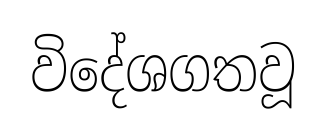
විදේශගතවූ